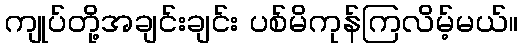
ကျုပ်တို့အချင်းချင်း ပစ်မိကုန်ကြလိမ့်မယ်။